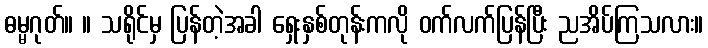
ဓမ္မဂုတ်။ ။ သရိုင်မှ ပြန်တဲ့အခါ ရှေးနှစ်တုန်းကလို ဝက်လက်ပြန်ပြီး ညအိပ်ကြသလား။